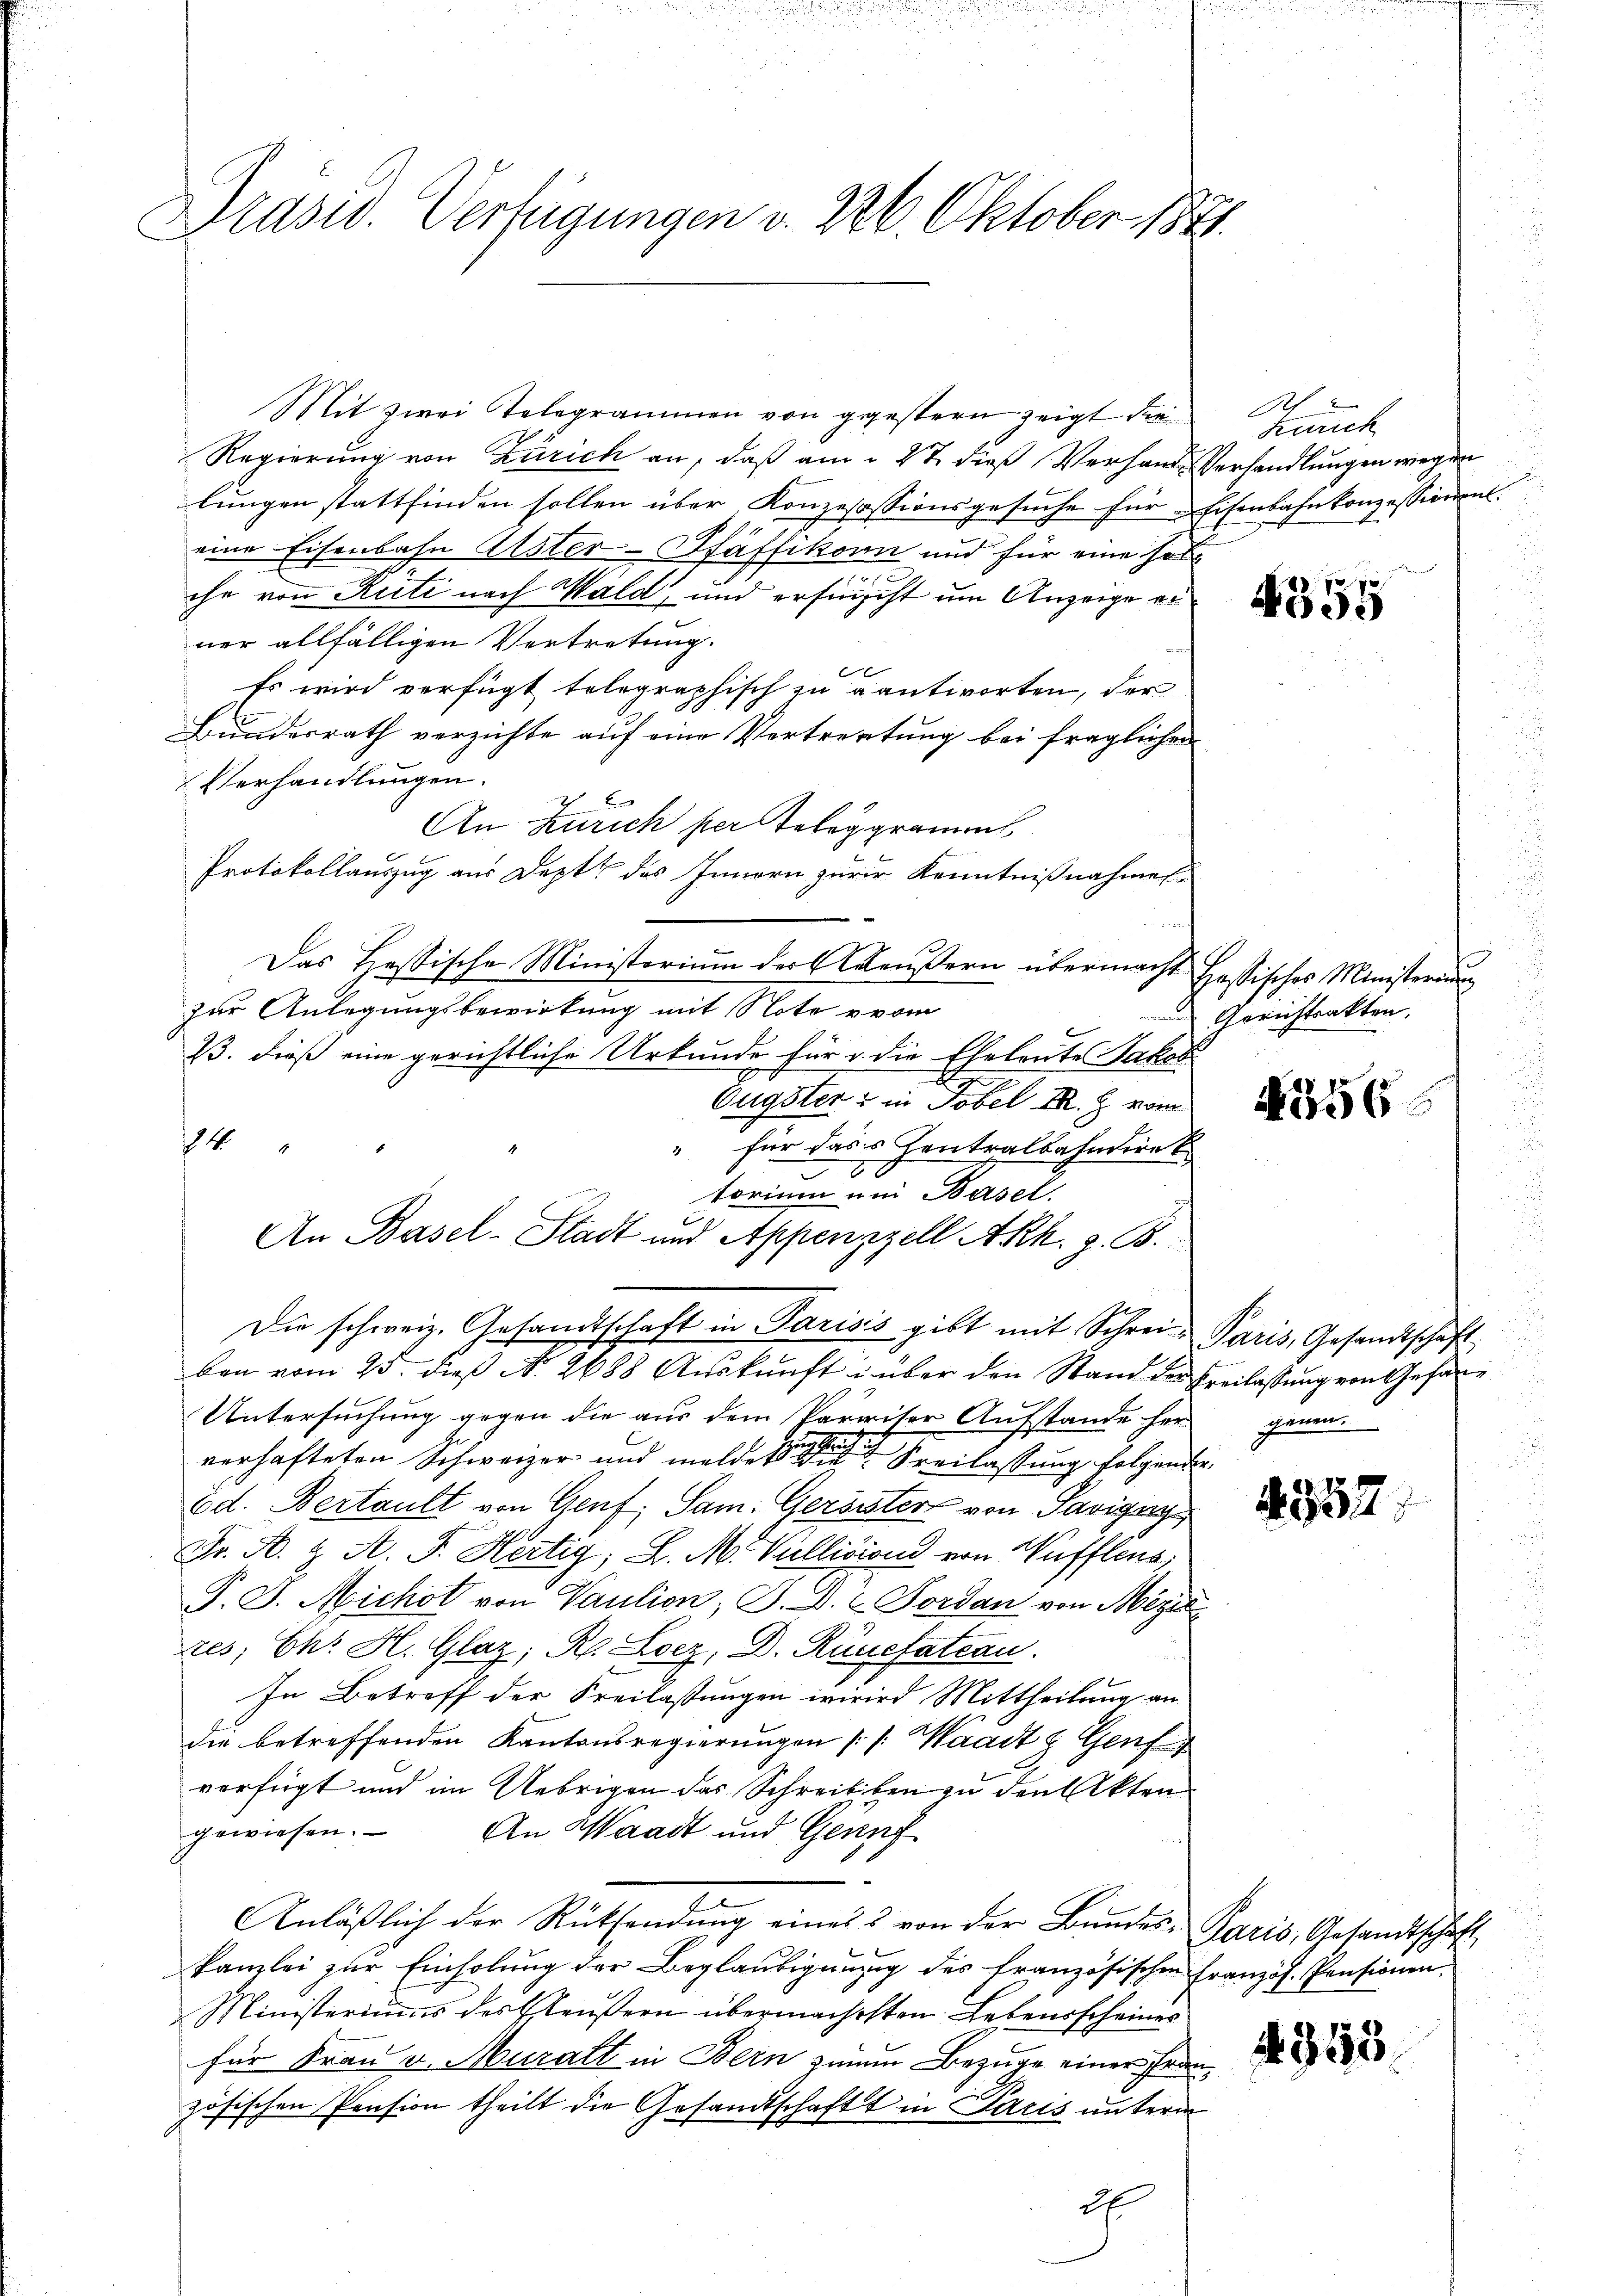
Präsid. Verfügungen v. 26. Oktober 1841.

Mit zwei Telegrammen von gestern zeigt die
Regierung von Zürich an, daß am 27. dieß Verhande Verhandlungen wegen
lungen stattfinden sollen über Konzesassionsgesuche für Eisenbahnkonzessionent.
eine Eisenbahn Alster-Pfäffikon und für eine sol
che von Rüti nach Wald, und erfinscht um Anzeige erner allfälligen Vertretung.
Es wird verfügt telegraphisch zu antworten, der
Bundesrath verzichte auf eine Vertretung bei fraglichen
Verhandlungen.

An Zürich per Telegramm
Protokollauszug aus Deptt des Innern zur Kenntnißnahmes¬
Das Hassische Ministerium der Adeußern übermacht Hassisches Ministerium
zur Anlegungsbewirkung mit Note vom
23. dieß eine gerichtliche Urkunde für u. die Eheleute Jakob
Eugster u in Tobel III. 2 vom
24
" für dass Zentralbahndire
torium und Basel,
An Basel-Stadt und Appenzell Akh. z. B.
Die schweiz. Gesandtschaft in Parisis gibt mit Schrei- Paris, Gesandtschaft
ben vom 25. dieß N. 2688 Auskunft i über den Stand der Freilassung von Gehäre
Untersŭchŭng gegen die aŭs dem Paraiser Aŭfstande her genen.
verhafteten Schweizer und melde eine Freilassung folgenden,
Ed. Bertault von Genf, Sam. Geröster von Savignys
Fr. A. H. A. F. Hertig; L. M. Vullision von Waffleus,
P. J. Michot von Paulion; P. D. C. Forden von Mezi
res; Chr. H. Glaz; R. Loez, D. Rünefateau.
In Betreff der Freilastungen wird Mittheilung an
die betreffenden Kantonsregierungen /: Waadt & Genf
verfügt und im Uebrigen des Schreibben zu den Akten
gewiesen.
An Waadt und Genu
Anläßlich der Rücksendung eines 2 von der Bundes-Paris, Gesandtschaft
kanzlei zŭr Einholŭng der Beglaŭbigŭng des französischen Französ. Pensionen.
Ministeriums des Eleußern übermachsten Lebensscheines
für Frau v. Muralt in Bern jenem Bezuge einer Französischen Pension theilt die Gesandtschaft in Paris unterm
2

h
Zürich

4355

Gerichtsakten.

4356

357.

4355.